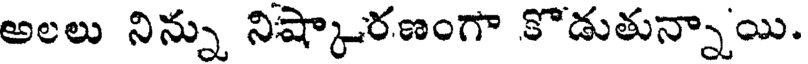
అలలు నిన్ను నిష్కారణంగా కొడుతున్నాయి.